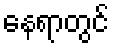
နေရာတွင်